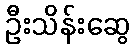
ဦးသိန်းဆွေ